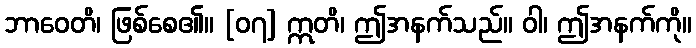
ဘာဝေတိ၊ ဖြစ်စေ၏။ [၀၇] ဣတိ၊ ဤအနက်သည်။ ဝါ၊ ဤအနက်ကို။